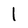
Character: l